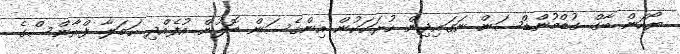
ޔޯހަން ބާގް ގުޑްމުންޑްސަން ނަގައިދިން ހުރަހަކުން އިންގެސަން ބޮލުން އުފެއްދި ހަމަލާ ފްރާންސްގެ